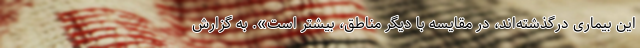
این بیماری درگذشته‌اند، در مقایسه با دیگر مناطق، بیشتر است». به گزارش